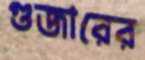
গুজারের